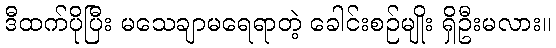
ဒီထက်ပိုပြီး မသေချာမရေရာတဲ့ ခေါင်းစဉ်မျိုး ရှိဦးမလား။